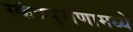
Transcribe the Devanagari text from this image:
स्कंदपुराणामध्ये